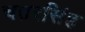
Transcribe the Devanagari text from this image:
चतरसिंह